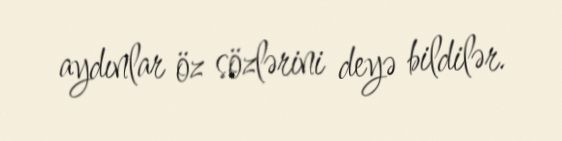
aydınlar öz sözlərini deyə bildilər.